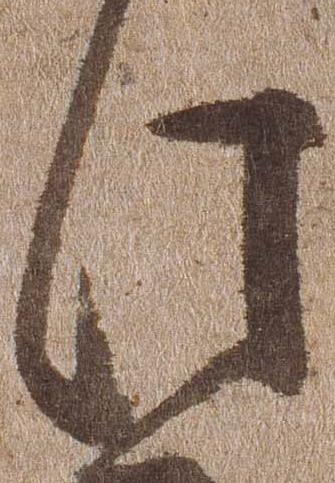
此